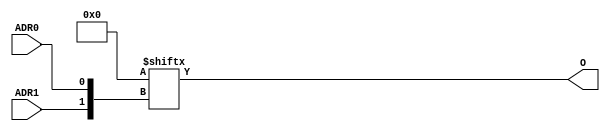
//    Xilinx Proprietary Primitive Cell X_LUT2 for Verilog
//
// $Header: /devl/xcs/repo/env/Databases/CAEInterfaces/verplex_libs/data/simprims/X_LUT2.v,v 1.3.198.3 2004/09/28 20:47:46 wloo Exp $
//

`celldefine
`timescale 1 ps/1 ps

module X_LUT2 (O, ADR0, ADR1);

  parameter INIT = 4'h0;

  output O;
  input ADR0, ADR1;

	assign O = INIT[{ADR1,ADR0}];

endmodule